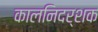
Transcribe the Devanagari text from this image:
कालनिदर्शक